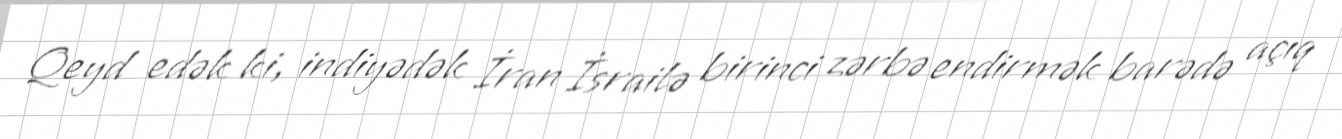
Qeyd edək ki, indiyədək İran İsrailə birinci zərbə endirmək barədə açıq